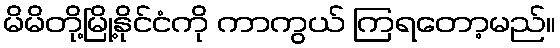
မိမိတို့မြို့နိုင်ငံကို ကာကွယ် ကြရတော့မည်။